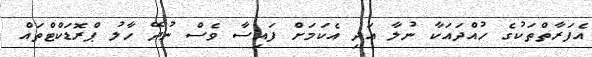
އެފަރާތްތަކުގެ ހުއްދައަކާ ނުލާ އަދި އެކަމަށް ފައިސާ ވެސް ނުދޭ ހާލު ޕްރޮޑަކްޓްތައް